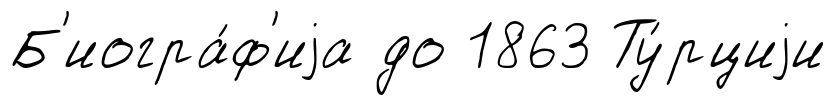
Б'иогра́ф'иjа до 1863 Ту́рциjи